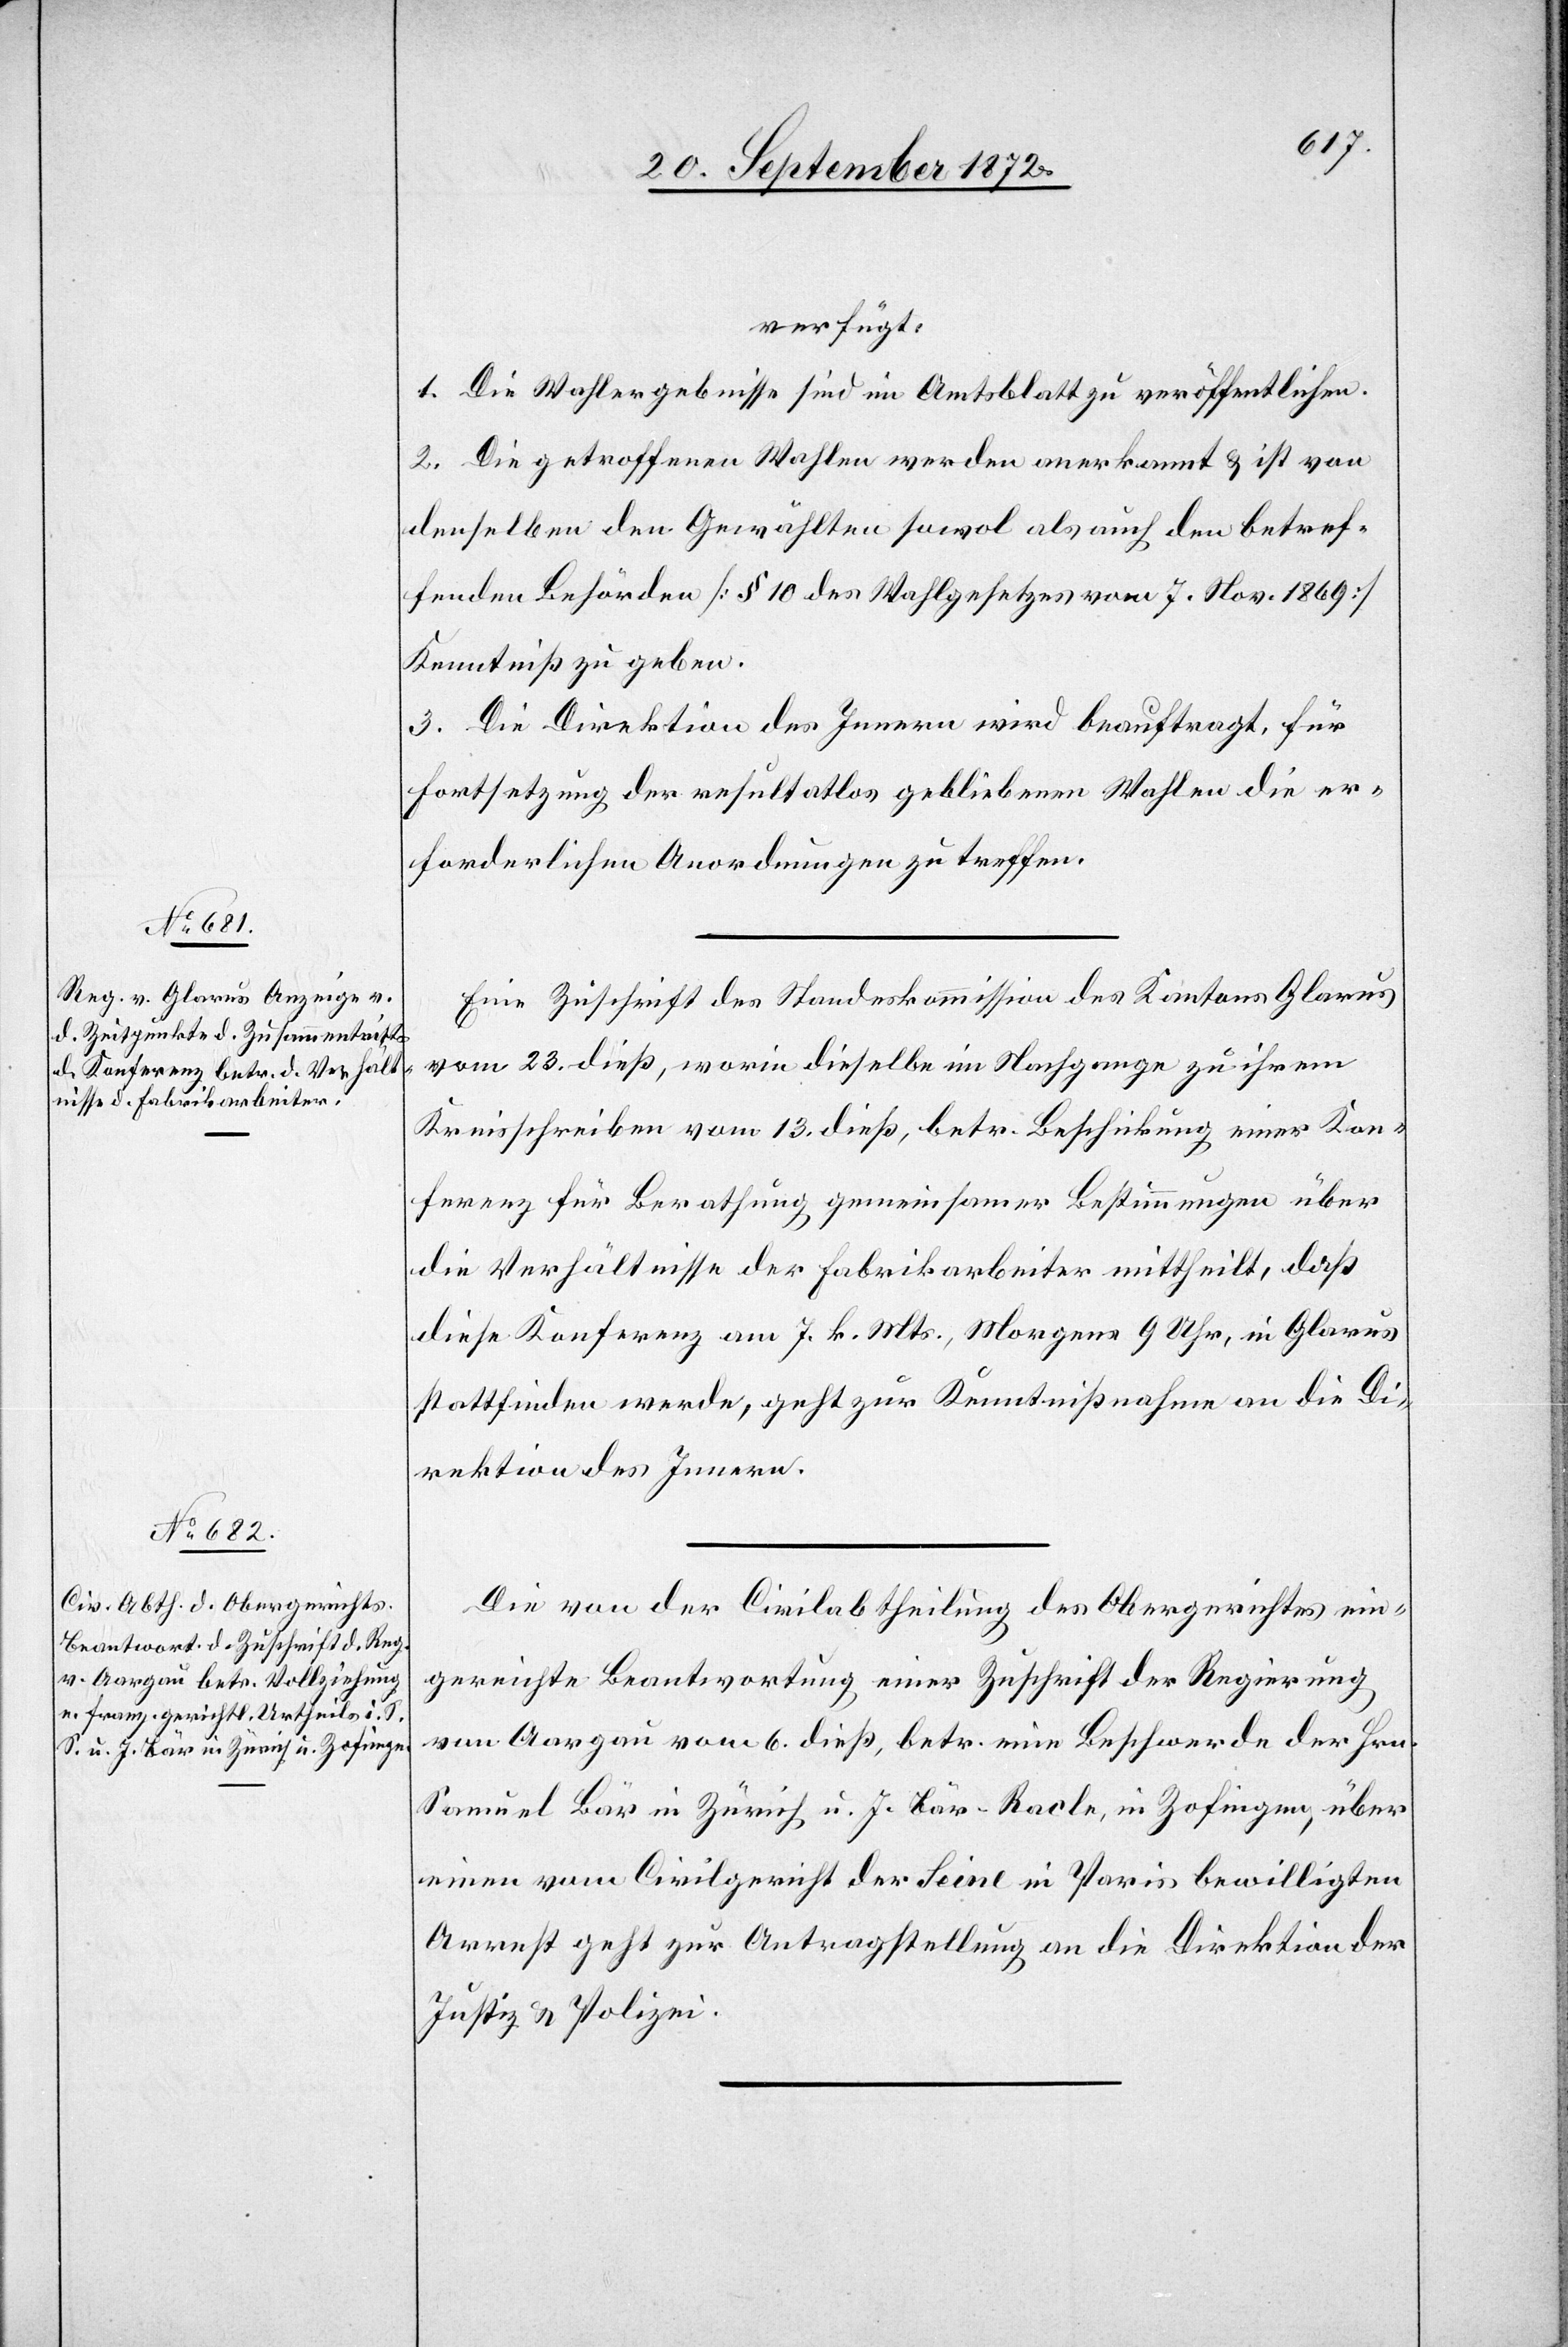
26. September 1872.]
verfügt:
1. Die Wahlergebnisse sind im Amtsblatt zu veröffentlichen.
2. Die getroffenen Wahlen werden anerkannt u. ist von
denselben den Gewählten sowol als auch den betref¬
fenden Behörden [§ 10 des Wahlgesetzes vom 7. Nov. 1869]
Kenntniß zu geben.
3. Die Direktion des Innern wird beauftragt, für
Fortsetzung der resultatlos gebliebenen Wahlen die er¬
forderlichen Anordnungen zu treffen.
Eine Zuschrift des [sic!] Standeskommission des Kantons Glarus
vom 23. dieß, worin dieselbe im Nachgange zu ihrem
Kreisschreiben vom 13. dieß, betr. Beschickung einer Kon¬
ferenz für Berathung gemeinsamer Bestimmungen über
die Verhältnisse der Fabrikarbeiter mittheilt, daß
diese Konferenz am 7. k. Mts., Morgens 9 Uhr, in Glarus
stattfinden werde, geht zur Kenntnißnahe an die Di¬
rektion des Innern.
Die von der Civilabtheilung des Obergerichtes ein¬
gereichte Beantwortung einer Zuschrift der Regierung
von Aargau vom 6. dieß, betr. eine Beschwerde der Hrn.
Samuel Bär in Zürich u. J. Bär-Racle, in Zofingen, über
einen vom Civilgericht der Seine in Paris bewilligten
Arrest geht zur Antragstellung an die Direktion der
Justiz u. Polizei.